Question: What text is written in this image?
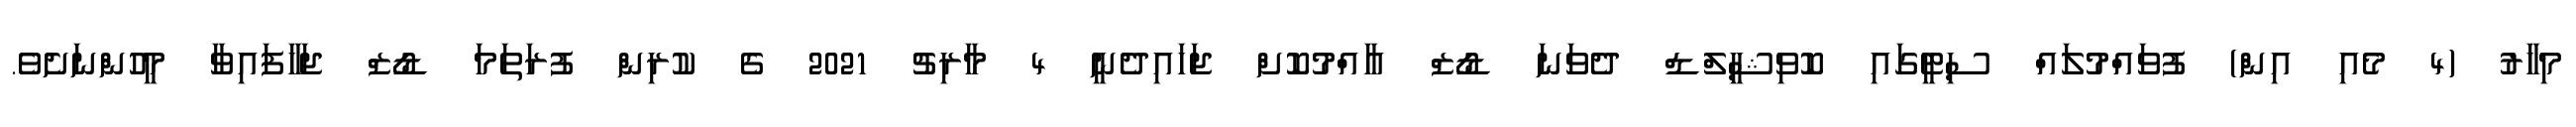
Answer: މިހާރު (4 މެއި އިން) ފުވައްމުލައް ސިޓީގައި ކޮވިޝީލްޑް ދެވަނަ ޑޯޒް އާއްމުކޮށް ޖަހައިދެނީ 4 މާރިޗު 2021 ގެ ކުރިން ފުރަތަމަ ޑޯޒް ޖަހާފައިވާ މީހުންނަށެވެ.